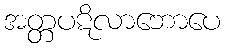
အတ္တပဋိလာဘောပေ